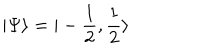
\vert \Psi \rangle = \vert - \frac { 1 } { 2 } , \frac { 1 } { 2 } \rangle